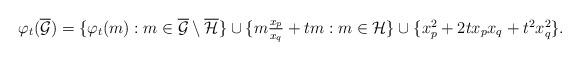
LaTeX: \begin{align*}\textstyle\varphi_t( \overline {\mathcal G} )=\{ \varphi_t(m): m \in \overline {\mathcal G} \setminus \overline {\mathcal H}\} \cup\{ m \frac {x_p} {x_q} + tm : m \in \mathcal H\} \cup \{x_p^2+2tx_px_q+t^2x_q^2\}.\end{align*}